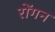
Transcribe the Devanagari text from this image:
रोंगन